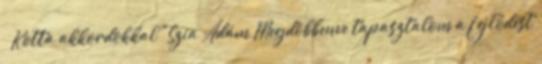
– Kotta akkordokkal "Szia Ádám Megdöbbenve tapasztalom a fejlődést